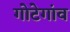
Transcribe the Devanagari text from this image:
गोटेगांव